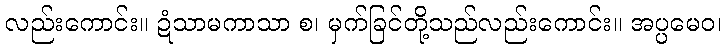
လည်းကောင်း။ ဍံသာမကာသာ စ၊ မှက်ခြင်တို့သည်လည်းကောင်း။ အပ္ပမေဝ၊